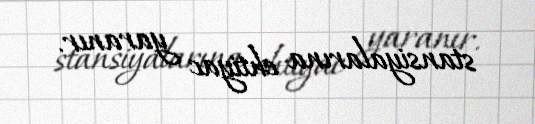
stansiyalarına ehtiyac yaranır.